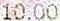
10.00